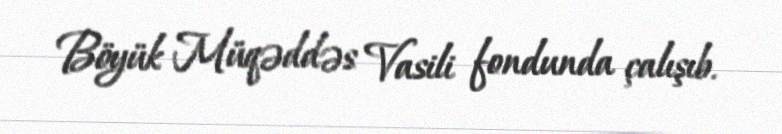
Böyük Müqəddəs Vasili fondunda çalışıb.